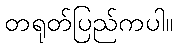
တရုတ်ပြည်ကပါ။